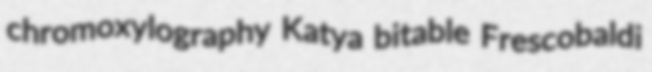
chromoxylography Katya bitable Frescobaldi